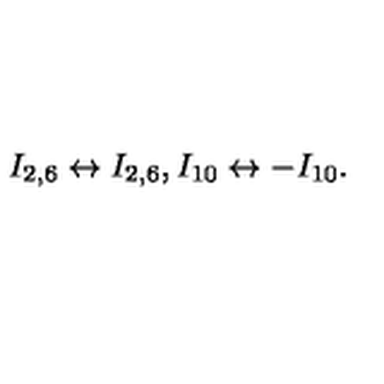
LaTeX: I _ { 2 , 6 } \leftrightarrow I _ { 2 , 6 } , I _ { 1 0 } \leftrightarrow - I _ { 1 0 } .